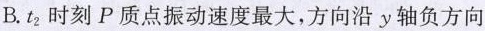
B.t_{2}时刻P质点振动速度最大，方向沿y轴负方向